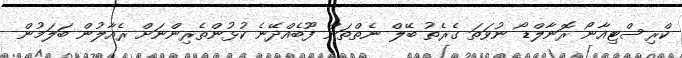
ކްރިސްޓިއާނޯ ރޮނާލްޑޯ ނުވަތަ ގެރެތު ބޭލް ނެތްތަން ފޫބެއްދޭނެ ކުޅުންތެރިންނަށް ރެއާލުން ބަލަމުން